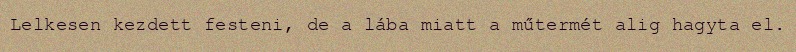
Lelkesen kezdett festeni, de a lába miatt a műtermét alig hagyta el.